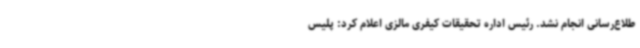
طلاع‌رسانی انجام نشد. رئیس اداره تحقیقات کیفری مالزی اعلام کرد: پلیس